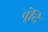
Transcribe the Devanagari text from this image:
बूंदि